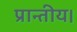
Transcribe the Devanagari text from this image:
प्रान्तीय।